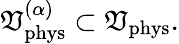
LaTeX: {\cal\mathfrak{V}}_{\mathrm{{phys}}}^{(\alpha)}\subset{\cal\mathfrak{V}}_{\mathrm{{phys}}}.